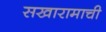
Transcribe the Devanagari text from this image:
सखारामाची